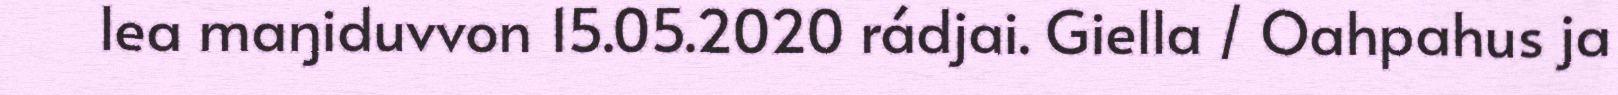
lea maŋiduvvon 15.05.2020 rádjai. Giella / Oahpahus ja